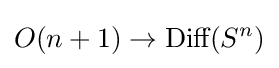
O(n+1)\to {\text{Diff}}(S^{n})